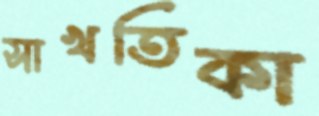
সাখতিকা